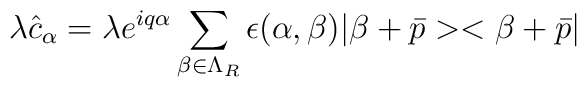
\lambda\hat{c}_{\alpha} = \lambda e^{iq\alpha}\sum_{\beta\in\Lambda_{R}}              \epsilon (\alpha, \beta ) |\beta + \bar{p}><\beta + \bar{p}|